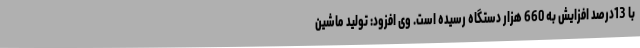
با 13درصد افزایش به 660 هزار دستگاه رسیده است. وی افزود: تولید ماشین